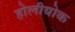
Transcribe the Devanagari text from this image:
होलीयोक